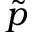
\widetilde { p }